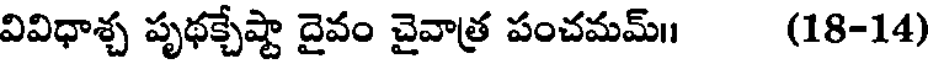
వివిధాశ్చ పృథక్చేష్టా దైవం చైవాత్ర పంచమమ్॥ (18-14)